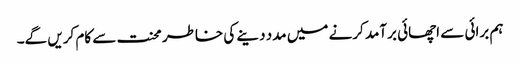
ہم برائی سے اچھائی برآمد کرنے میں مدد دینے کی خاطر محنت سے کام کریں گے۔